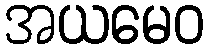
အယမေဝ